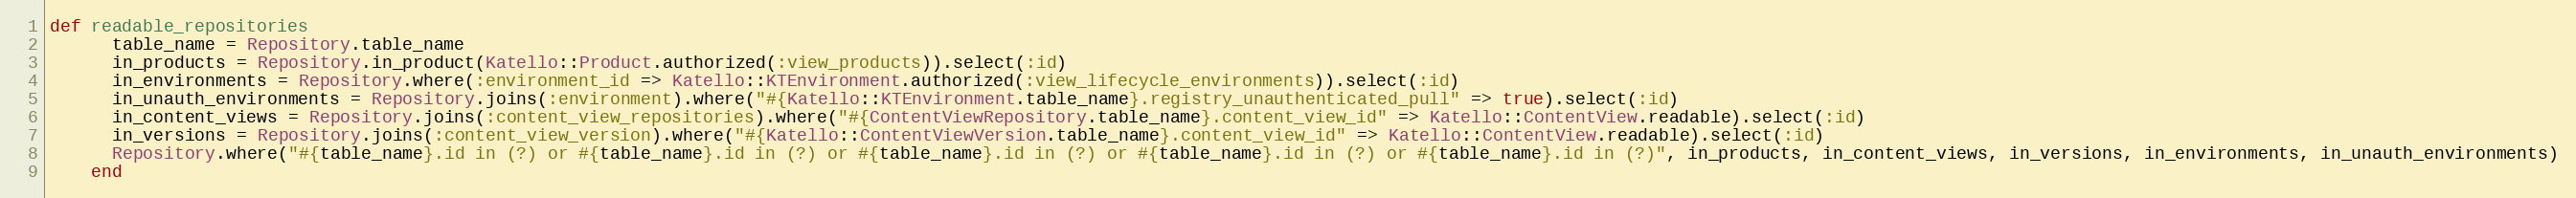
Language: Ruby
def readable_repositories
      table_name = Repository.table_name
      in_products = Repository.in_product(Katello::Product.authorized(:view_products)).select(:id)
      in_environments = Repository.where(:environment_id => Katello::KTEnvironment.authorized(:view_lifecycle_environments)).select(:id)
      in_unauth_environments = Repository.joins(:environment).where("#{Katello::KTEnvironment.table_name}.registry_unauthenticated_pull" => true).select(:id)
      in_content_views = Repository.joins(:content_view_repositories).where("#{ContentViewRepository.table_name}.content_view_id" => Katello::ContentView.readable).select(:id)
      in_versions = Repository.joins(:content_view_version).where("#{Katello::ContentViewVersion.table_name}.content_view_id" => Katello::ContentView.readable).select(:id)
      Repository.where("#{table_name}.id in (?) or #{table_name}.id in (?) or #{table_name}.id in (?) or #{table_name}.id in (?) or #{table_name}.id in (?)", in_products, in_content_views, in_versions, in_environments, in_unauth_environments)
    end